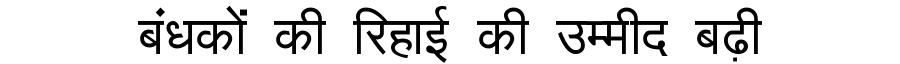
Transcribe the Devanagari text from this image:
बंधकों की रिहाई की उम्मीद बढ़ी